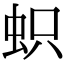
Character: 𧊄